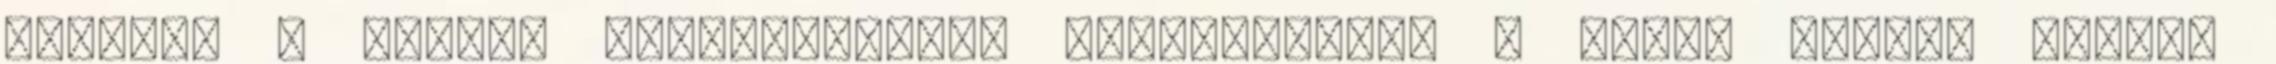
helyzet a csapat legértékesebb játékosával? – Kanta József nagyon